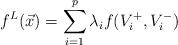
LaTeX: \begin{align*}f^{L}(\vec x)=\sum_{i=1}^p\lambda_if(V_i^+,V_i^-)\end{align*}